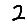
Digit: 2